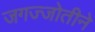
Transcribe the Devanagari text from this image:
जगज्जोतीने